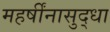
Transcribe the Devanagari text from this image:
महर्षींनासुद्धा